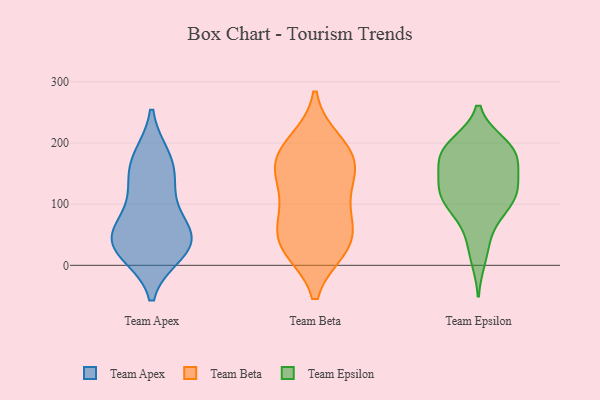
{"axis": {"x": "Website Visitors", "y": "Value"}, "legend": ["Team Apex", "Team Beta", "Team Epsilon"], "data": [{"x": "", "y": 108, "type": "Team Apex"}, {"x": "", "y": 63, "type": "Team Apex"}, {"x": "", "y": 141, "type": "Team Apex"}, {"x": "", "y": 43, "type": "Team Apex"}, {"x": "", "y": 22, "type": "Team Apex"}, {"x": "", "y": 31, "type": "Team Apex"}, {"x": "", "y": 39, "type": "Team Apex"}, {"x": "", "y": 42, "type": "Team Apex"}, {"x": "", "y": 168, "type": "Team Apex"}, {"x": "", "y": 175, "type": "Team Apex"}, {"x": "", "y": 34, "type": "Team Beta"}, {"x": "", "y": 87, "type": "Team Beta"}, {"x": "", "y": 200, "type": "Team Beta"}, {"x": "", "y": 29, "type": "Team Beta"}, {"x": "", "y": 184, "type": "Team Beta"}, {"x": "", "y": 168, "type": "Team Beta"}, {"x": "", "y": 32, "type": "Team Beta"}, {"x": "", "y": 143, "type": "Team Beta"}, {"x": "", "y": 176, "type": "Team Beta"}, {"x": "", "y": 139, "type": "Team Beta"}, {"x": "", "y": 47, "type": "Team Beta"}, {"x": "", "y": 86, "type": "Team Beta"}, {"x": "", "y": 137, "type": "Team Epsilon"}, {"x": "", "y": 177, "type": "Team Epsilon"}, {"x": "", "y": 86, "type": "Team Epsilon"}, {"x": "", "y": 111, "type": "Team Epsilon"}, {"x": "", "y": 181, "type": "Team Epsilon"}, {"x": "", "y": 39, "type": "Team Epsilon"}, {"x": "", "y": 81, "type": "Team Epsilon"}, {"x": "", "y": 12, "type": "Team Epsilon"}, {"x": "", "y": 104, "type": "Team Epsilon"}, {"x": "", "y": 124, "type": "Team Epsilon"}, {"x": "", "y": 198, "type": "Team Epsilon"}, {"x": "", "y": 131, "type": "Team Epsilon"}, {"x": "", "y": 179, "type": "Team Epsilon"}, {"x": "", "y": 180, "type": "Team Epsilon"}, {"x": "", "y": 115, "type": "Team Epsilon"}, {"x": "", "y": 195, "type": "Team Epsilon"}, {"x": "", "y": 161, "type": "Team Epsilon"}, {"x": "", "y": 197, "type": "Team Epsilon"}, {"x": "", "y": 122, "type": "Team Epsilon"}]}